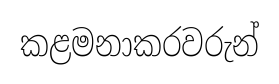
කළමනාකරවරුන්